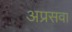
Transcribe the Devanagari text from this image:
अप्रसवा